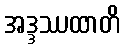
အဒ္ဒဿထာတိ